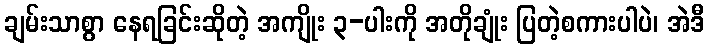
ချမ်းသာစွာ နေရခြင်းဆိုတဲ့ အကျိုး ၃-ပါးကို အတိုချုံး ပြတဲ့စကားပါပဲ၊ အဲဒီ